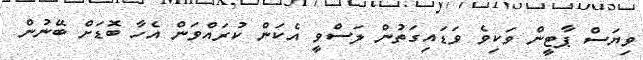
ވިޔަސް ޕާޓީން ވަކިވެ ވަޑައިގަތުން ލަސްވީ އެކަން ކުރައްވަން އެހާ ބޮޑަށް ބޭނުން